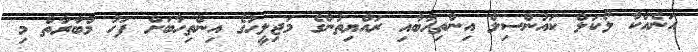
އަނެއްކާ ލޯކަލް ކައުންސިލް އިންތިހާބާއި ރައްޔިތުންގެ މަޖިލީހުގެ އިންތިހާބަށް ފަހު މުބާރާތް މި